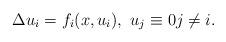
LaTeX: \begin{align*}\Delta u_i=f_i(x,u_i), \ u_j\equiv0 j\neq i.\end{align*}